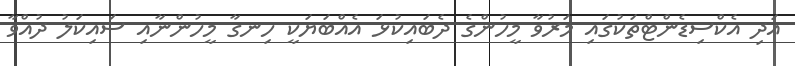
އަދި އެކްސިޑެންޓްތަކުގައި މަރުވާ މީހުންގެ ދެބައިކުޅަ އެއްބަޔަކީ ހިނގާ މީހުންނާއި ސައިކަލު ދުއްވާ